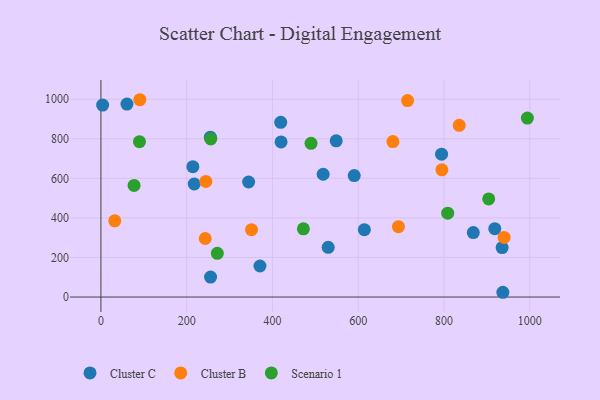
{"axis": {"x": "Experience", "y": "Sales"}, "legend": ["Cluster B", "Cluster C", "Scenario 1"], "data": [{"x": "4.0", "y": 970.4, "type": "Cluster C"}, {"x": "419.3", "y": 883.3, "type": "Cluster C"}, {"x": "590.7", "y": 613.8, "type": "Cluster C"}, {"x": "530.0", "y": 251.5, "type": "Cluster C"}, {"x": "60.7", "y": 975.3, "type": "Cluster C"}, {"x": "420.1", "y": 783.8, "type": "Cluster C"}, {"x": "255.7", "y": 100.7, "type": "Cluster C"}, {"x": "370.9", "y": 156.8, "type": "Cluster C"}, {"x": "548.7", "y": 789.8, "type": "Cluster C"}, {"x": "217.6", "y": 571.4, "type": "Cluster C"}, {"x": "614.3", "y": 340.6, "type": "Cluster C"}, {"x": "935.6", "y": 250.2, "type": "Cluster C"}, {"x": "937.3", "y": 24.1, "type": "Cluster C"}, {"x": "918.5", "y": 345.7, "type": "Cluster C"}, {"x": "344.4", "y": 581.4, "type": "Cluster C"}, {"x": "518.3", "y": 620.7, "type": "Cluster C"}, {"x": "868.4", "y": 325.9, "type": "Cluster C"}, {"x": "214.4", "y": 658.9, "type": "Cluster C"}, {"x": "794.4", "y": 722.2, "type": "Cluster C"}, {"x": "255.2", "y": 808.1, "type": "Cluster C"}, {"x": "90.8", "y": 997.3, "type": "Cluster B"}, {"x": "795.1", "y": 642.9, "type": "Cluster B"}, {"x": "680.9", "y": 786.0, "type": "Cluster B"}, {"x": "835.6", "y": 868.1, "type": "Cluster B"}, {"x": "32.3", "y": 385.3, "type": "Cluster B"}, {"x": "351.2", "y": 340.3, "type": "Cluster B"}, {"x": "244.7", "y": 584.5, "type": "Cluster B"}, {"x": "693.8", "y": 355.7, "type": "Cluster B"}, {"x": "715.0", "y": 993.0, "type": "Cluster B"}, {"x": "243.2", "y": 295.9, "type": "Cluster B"}, {"x": "940.2", "y": 301.5, "type": "Cluster B"}, {"x": "490.0", "y": 777.1, "type": "Scenario 1"}, {"x": "472.2", "y": 344.7, "type": "Scenario 1"}, {"x": "77.3", "y": 564.1, "type": "Scenario 1"}, {"x": "994.5", "y": 904.5, "type": "Scenario 1"}, {"x": "808.7", "y": 423.7, "type": "Scenario 1"}, {"x": "89.9", "y": 785.4, "type": "Scenario 1"}, {"x": "904.3", "y": 496.0, "type": "Scenario 1"}, {"x": "256.2", "y": 798.9, "type": "Scenario 1"}, {"x": "271.5", "y": 220.9, "type": "Scenario 1"}]}